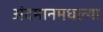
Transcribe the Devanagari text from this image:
अंदमानमधल्या